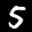
Label: 5